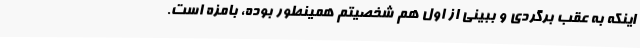
اینکه به عقب برگردی و ببینی از اول هم شخصیتم همینطور بوده، بامزه است.